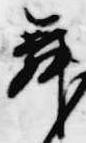
舞